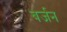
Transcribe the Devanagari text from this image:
बर्जन